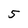
Character: 5